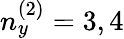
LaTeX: n_{y}^{(2)}=3,4